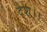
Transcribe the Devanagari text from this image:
देश।।